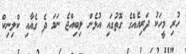
ހުރި މީހަކު ދަރިއެއްގެ ގޮތުގައި އުޅެން ލިބިއްޖެ ނަމަ ދެ ގެއާއި ކްލިނިކް